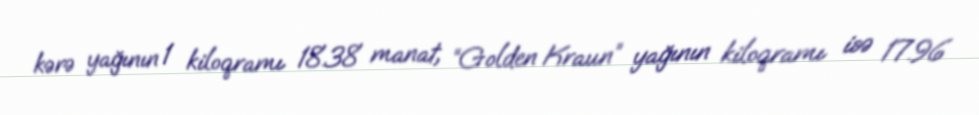
kərə yağının 1 kiloqramı 18.38 manat, “Golden Kraun” yağının kiloqramı isə 17.96